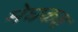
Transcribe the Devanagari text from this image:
मेघकक्ष